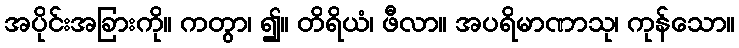
အပိုင်းအခြားကို။ ကတွာ၊ ၍။ တိရိယံ၊ ဖီလာ။ အပရိမာဏာသု၊ ကုန်သော။